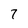
Character: 7